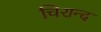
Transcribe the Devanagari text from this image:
चिरान्द